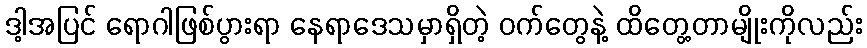
ဒါ့အပြင် ရောဂါဖြစ်ပွားရာ နေရာဒေသမှာရှိတဲ့ ဝက်တွေနဲ့ ထိတွေ့တာမျိုးကိုလည်း